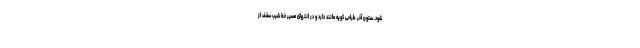
شود. ستون آخر طراحی کوپه مانند دارد و در انتهای مسیر خط شیب سقف از